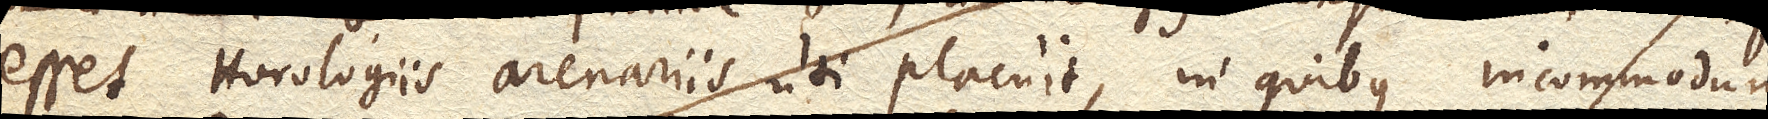
esset Horologiis arenariis uti placuit, in quibus incommodum